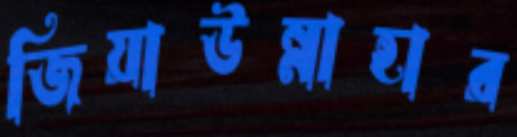
জিয়াউন্নাহার